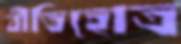
বীতিহোত্র